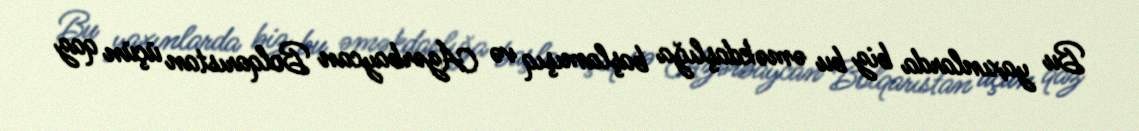
Bu yaxınlarda biz bu əməkdaşlığa başlamışıq və Azərbaycan Bolqarıstan üçün qaz